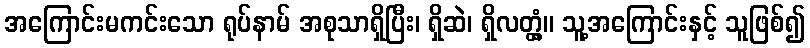
အကြောင်းမကင်းသော ရုပ်နာမ် အစုသာရှိပြီး၊ ရှိဆဲ၊ ရှိလတ္တံ့။ သူ့အကြောင်းနှင့် သူဖြစ်၍